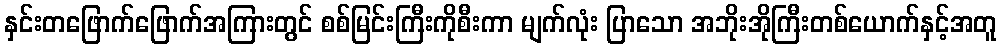
နှင်းတဖြောက်ဖြောက်အကြားတွင် စစ်မြင်းကြီးကိုစီးကာ မျက်လုံး ပြာသော အဘိုးအိုကြီးတစ်ယောက်နှင့်အတူ